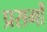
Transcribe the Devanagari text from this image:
प्रसर्गों